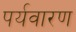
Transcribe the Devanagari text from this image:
पर्यवारण